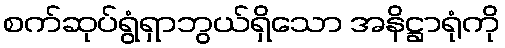
စက်ဆုပ်ရွံရှာဘွယ်ရှိသော အနိဋ္ဌာရုံကို